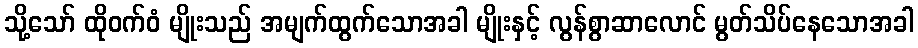
သို့သော် ထိုဝက်ဝံ မျိုးသည် အမျက်ထွက်သောအခါ မျိုးနှင့် လွန်စွာဆာလောင် မွတ်သိပ်နေသောအခါ